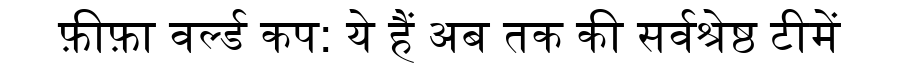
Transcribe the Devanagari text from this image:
फ़ीफ़ा वर्ल्ड कप: ये हैं अब तक की सर्वश्रेष्ठ टीमें